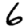
Digit: 6